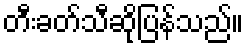
တီးခတ်သီဆိုပြန်သည်။